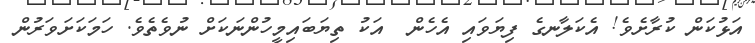
އަޅުކަން ކުރާށެވެ! އެކަލާނގެ ފިޔަވައި އެހެން  އަކު ތިޔަބައިމީހުންނަކަށް ނުވެތެވެ. ހަމަކަށަވަރުން